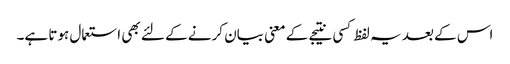
اس کے بعد یہ لفظ کسی نتیجے کے معنی بیان کرنے کے لئے بھی استعمال ہوتا ہے۔